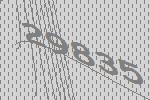
29835